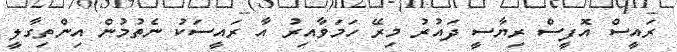
ރައީސް އޮފީސް ރިޔާސީ ދައުރު މިރޭ ހަމަވާއިރު އާ ރައީސަކު ނެތުމުން އިންތިގާލީ